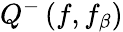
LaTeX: Q^{-}\left(f,f_{\beta}\right)